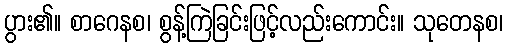
ပွား၏။ စာဂေနစ၊ စွန့်ကြဲခြင်းဖြင့်လည်းကောင်း။ သုတေနစ၊